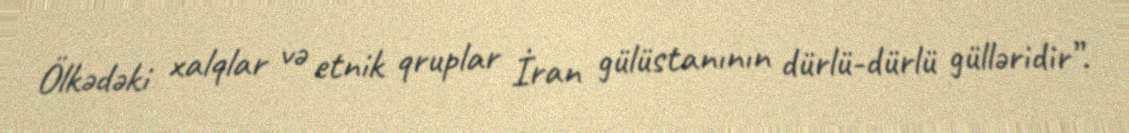
Ölkədəki xalqlar və etnik qruplar İran gülüstanının dürlü-dürlü gülləridir”.